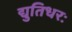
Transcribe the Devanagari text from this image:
द्युतिधरः